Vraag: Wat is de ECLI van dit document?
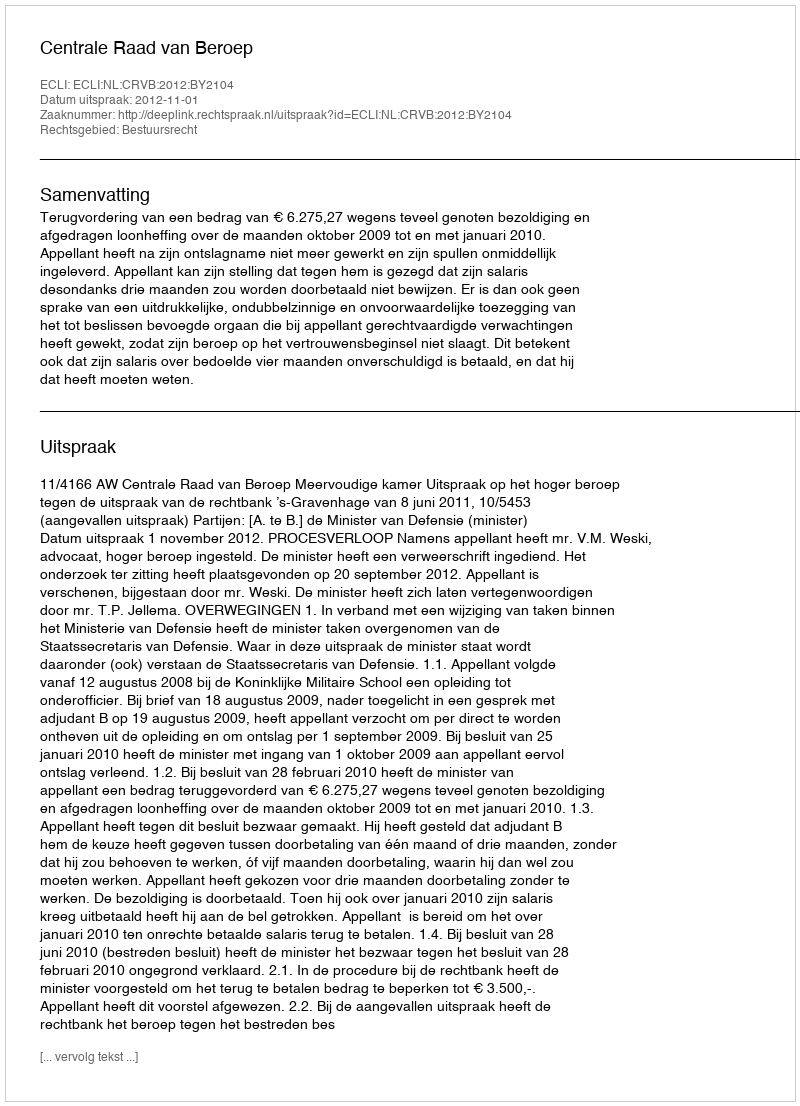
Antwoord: ECLI:NL:CRVB:2012:BY2104